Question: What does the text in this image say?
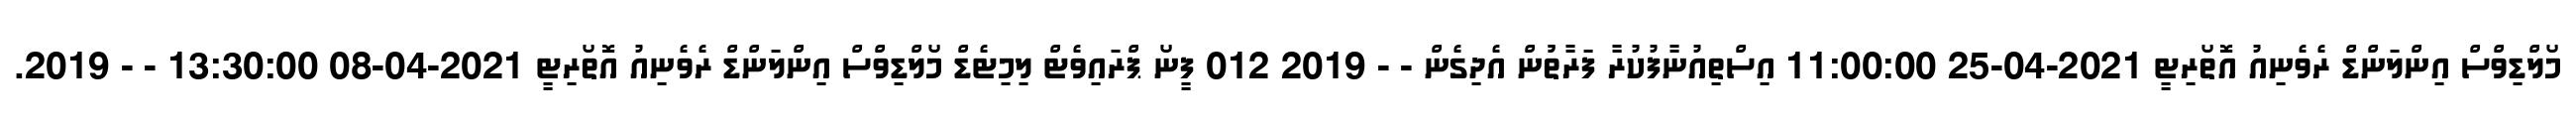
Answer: މޯލްޑިވްސް އިންލަންޑް ރެވެނިއު އޮތޯރިޓީ 2021-04-25 11:00:00 އިސްތިއުނާފުކުރާ ފަރާތުުން އެދިގެން - - 2019 012 ފީނޯ ޕްރައިވެޓް ލިމިޓެޑް މޯލްޑިވްސް އިންލަންޑް ރެވެނިއު އޮތޯރިޓީ 2021-04-08 13:30:00 - - 2019.